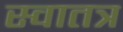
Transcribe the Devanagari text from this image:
स्वातत्र